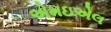
એમઇએલ